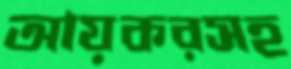
আয়করসহ